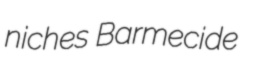
niches Barmecide